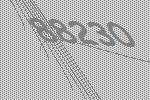
88230